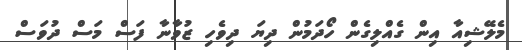
މެލޭޝިއާ އިން ގެއްލިގެން ހޯދަމުން ދިޔަ ދިވެހި ޒުވާނާ ފަސް މަސް ދުވަސް